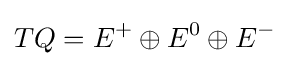
TQ=E^{+}\oplus E^{0}\oplus E^{-}